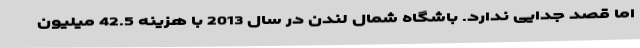
اما قصد جدایی ندارد. باشگاه شمال لندن در سال 2013 با هزینه 42.5 میلیون